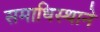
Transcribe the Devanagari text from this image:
समाधिस्थाने